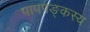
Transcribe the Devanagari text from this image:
पापपङ्कस्य